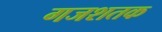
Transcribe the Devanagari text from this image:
गजशतक